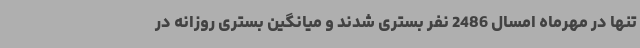
تنها در مهرماه امسال 2486 نفر بستری شدند و میانگین بستری روزانه در